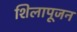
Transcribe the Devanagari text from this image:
शिलापूजन